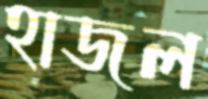
হাজল